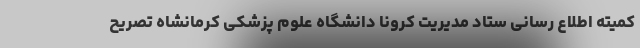
کمیته اطلاع رسانی ستاد مدیریت کرونا دانشگاه علوم پزشکی کرمانشاه تصریح